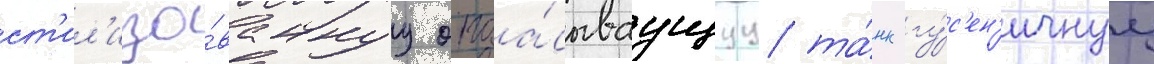
ст'ил'изо́ваннуу опоа́сываущуу та́нк гу́с'ен'ичнуу